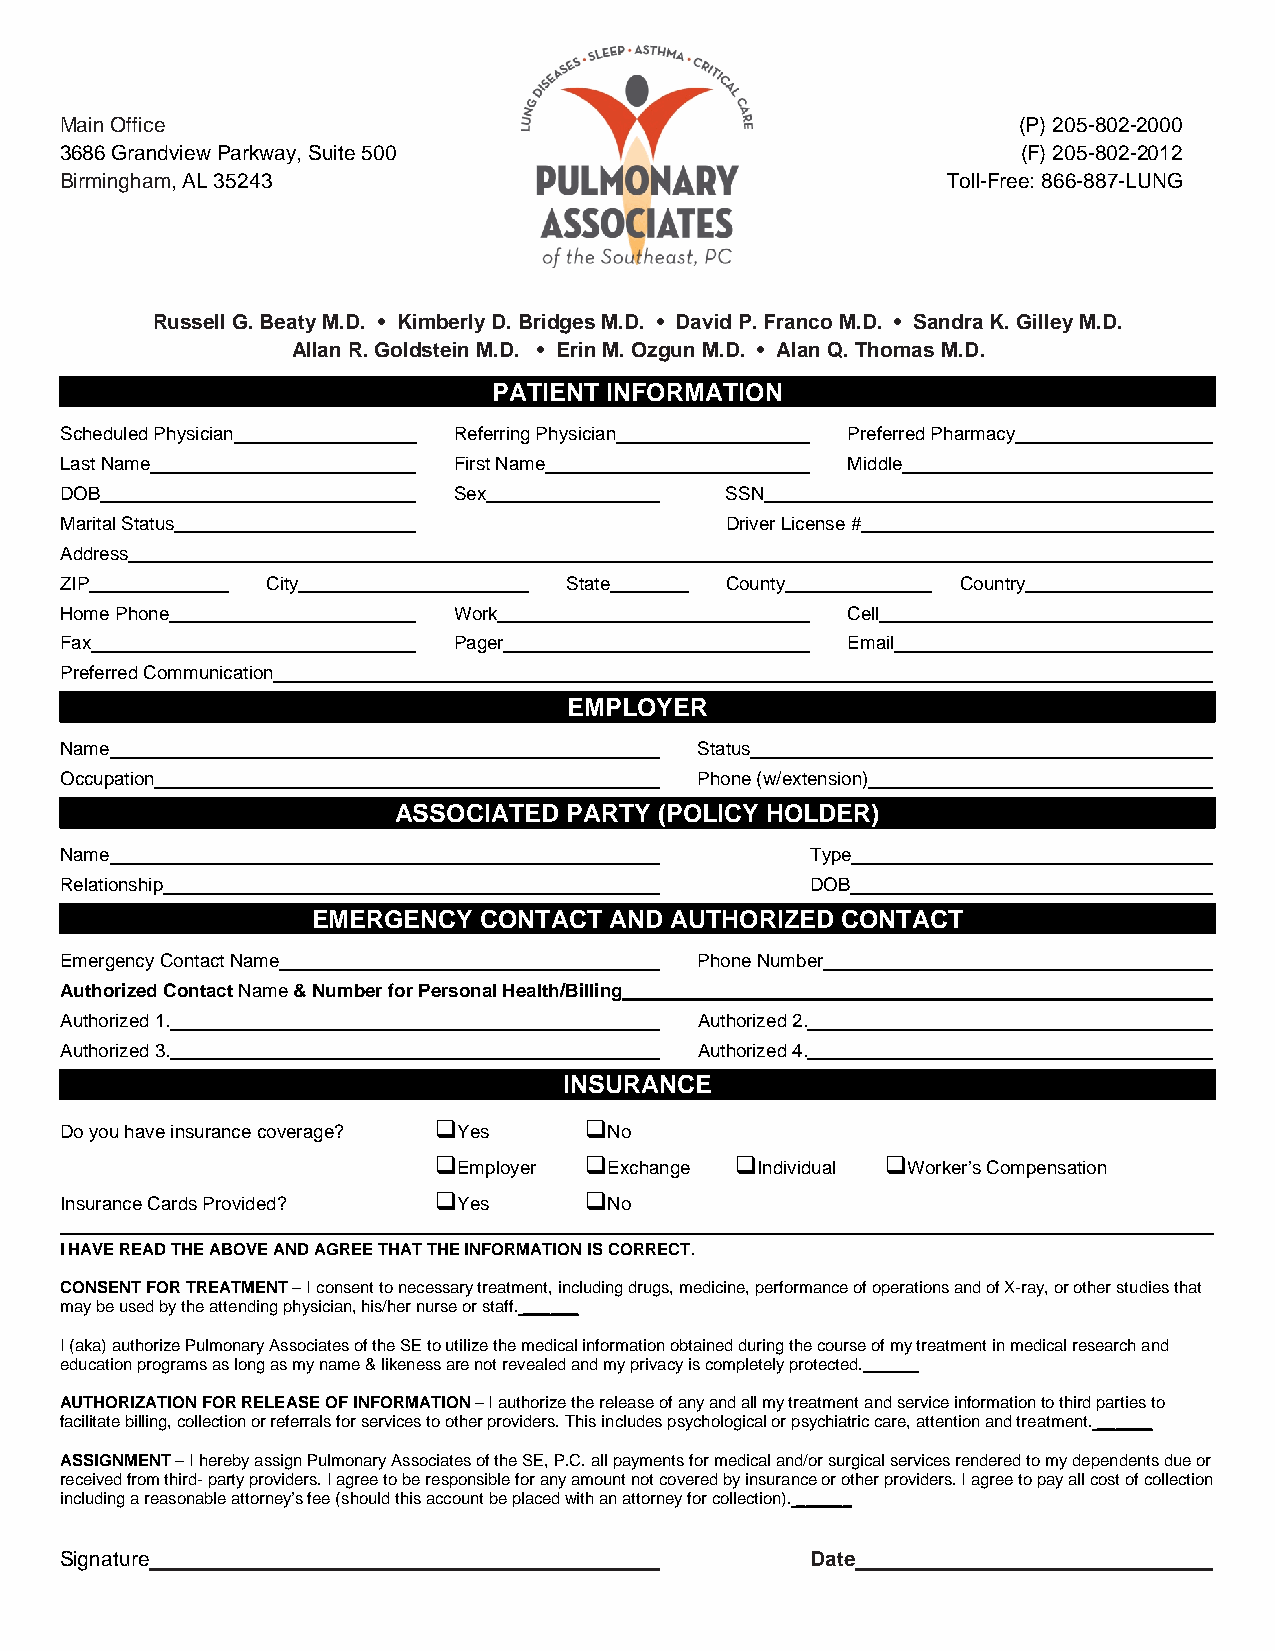
Main Office                                                    (P) 205-802-2000
 3686 Grandview Parkway, Suite 500                               (F) 205-802-2012
 Birmingham, AL 35243                                       Toll-Free: 866-887-LUNG
 Russell G. Beaty M.D. • Kimberly D. Bridges M.D. • David P. Franco M.D. • Sandra K. Gilley M.D.
 Allan R. Goldstein M.D. • Erin M. Ozgun M.D. • Alan Q. Thomas M.D.
 PATIENT INFORMATION
 Scheduled Physician       Referring Physician       Preferred Pharmacy
 Last Name                 First Name                Middle
 DOB                       Sex               SSN
 Marital Status                              Driver License #
 Address
 ZIP           City               State      County          Country
 Home Phone                Work                      Cell
 Fax                       Pager                     Email
 Preferred Communication
 EMPLOYER
 Name                                      Status
 Occupation                                Phone (w/extension)
 ASSOCIATED PARTY  (POLICY HOLDER)
 Name                                              Type
 Relationship                                      DOB
 EMERGENCY  CONTACT AND AUTHORIZED  CONTACT
 Emergency Contact Name                    Phone Number
 Authorized Contact Name & Number for Personal Health/Billing
 Authorized 1.                             Authorized 2.
 Authorized 3.                             Authorized 4.
 INSURANCE
          
 Do you have insurance coverage? Yes No
                            
 Employer  Exchange  Individual Worker’s Compensation
          
 Insurance Cards Provided? Yes       No
 I HAVE READ THE ABOVE AND AGREE THAT THE INFORMATION IS CORRECT.
 CONSENT FOR TREATMENT – I consent to necessary treatment, including drugs, medicine, performance of operations and of X-ray, or other studies that
 may be used by the attending physician, his/her nurse or staff. ______
 I (aka) authorize Pulmonary Associates of the SE to utilize the medical information obtained during the course of my treatment in medical research and
 education programs as long as my name & likeness are not revealed and my privacy is completely protected.______
 AUTHORIZATION FOR RELEASE OF INFORMATION – I authorize the release of any and all my treatment and service information to third parties to
 facilitate billing, collection or referrals for services to other providers. This includes psychological or psychiatric care, attention and treatment. ______
 ASSIGNMENT – I hereby assign Pulmonary Associates of the SE, P.C. all payments for medical and/or surgical services rendered to my dependents due or
 received from third- party providers. I agree to be responsible for any amount not covered by insurance or other providers. I agree to pay all cost of collection
 including a reasonable attorney’s fee (should this account be placed with an attorney for collection). ______
 Signature                                         Date